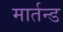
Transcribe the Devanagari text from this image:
मार्तन्ड